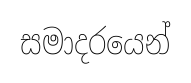
සමාදරයෙන්